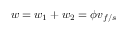
\boldsymbol { w } = \boldsymbol { w } _ { 1 } + \boldsymbol { w } _ { 2 } = \phi \boldsymbol { v } _ { f / s }